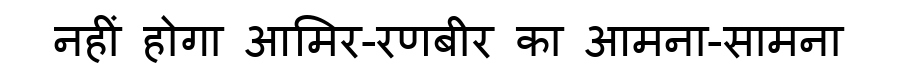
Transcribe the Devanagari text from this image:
नहीं होगा आमिर-रणबीर का आमना-सामना